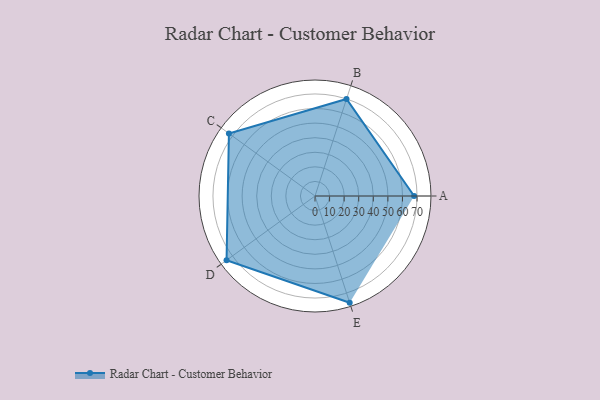
{"axis": {"x": "Skill", "y": "Score"}, "legend": ["Profile"], "data": [{"x": "A", "y": 68.0, "type": "Profile"}, {"x": "B", "y": 70.0, "type": "Profile"}, {"x": "C", "y": 73.0, "type": "Profile"}, {"x": "D", "y": 75.0, "type": "Profile"}, {"x": "E", "y": 77.0, "type": "Profile"}]}